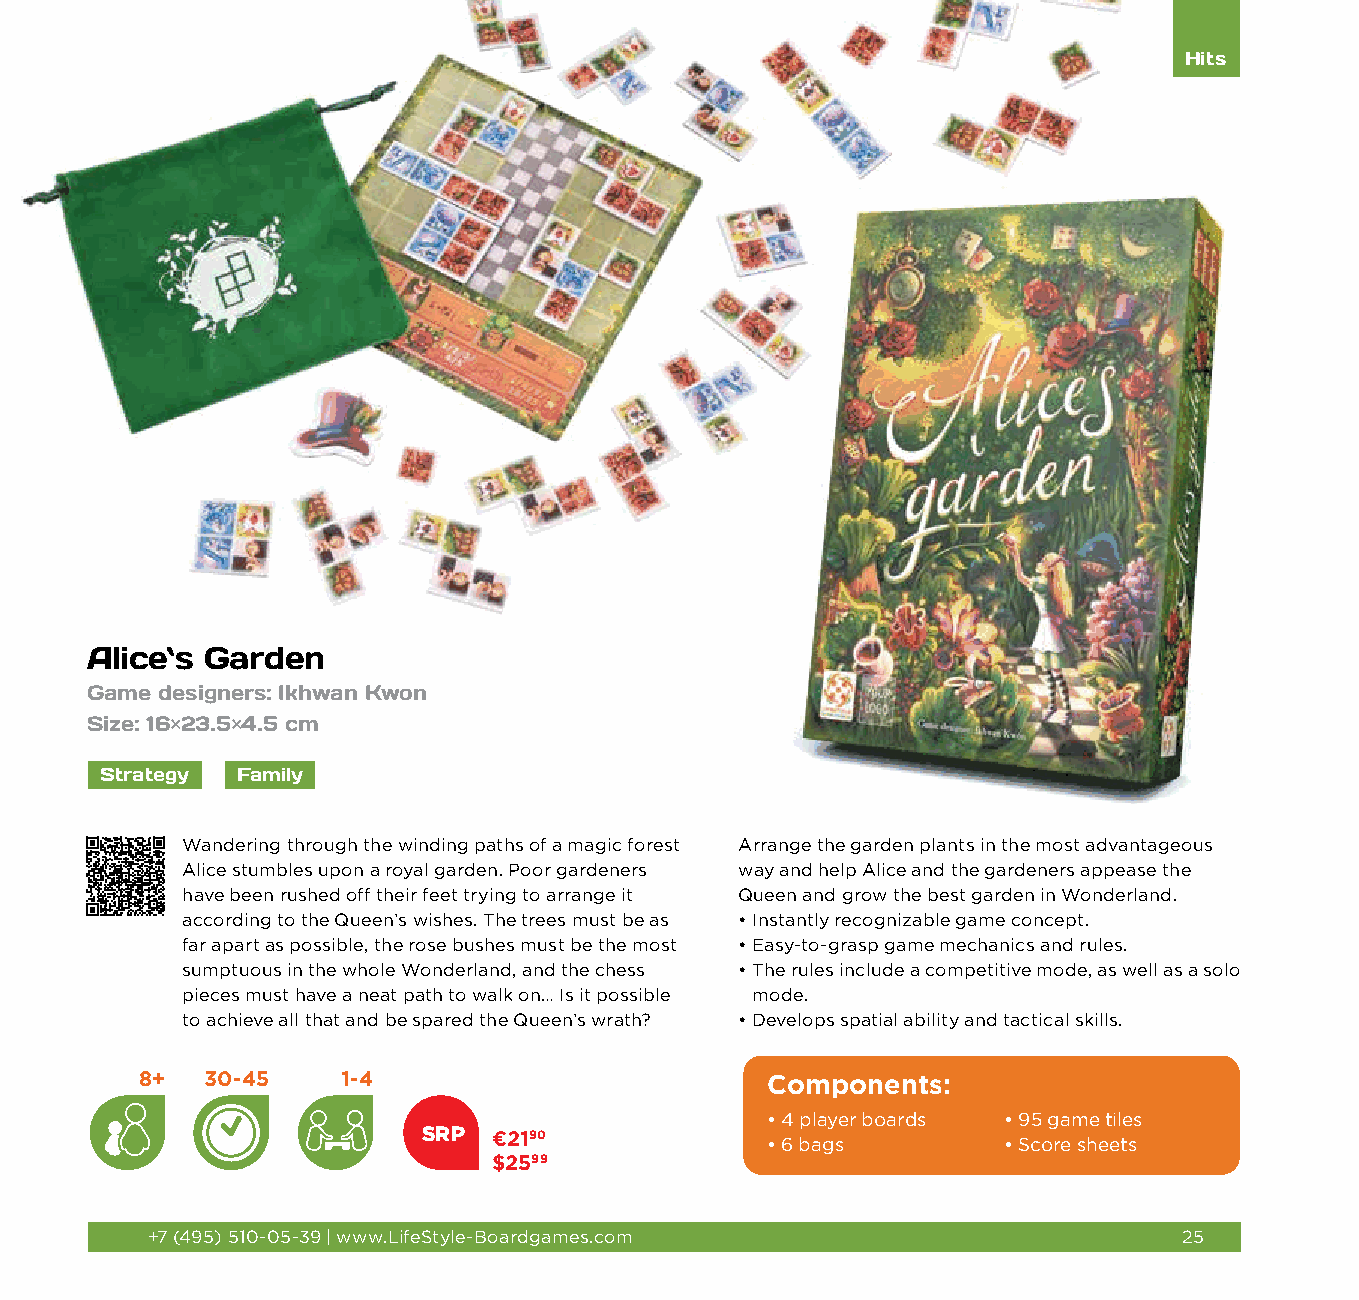
Hits
 Alice`s Garden
 Game designers: Ikhwan Kwon
 Size: 16×23.5×4.5 cm
 Strategy Family
 Wandering through the winding paths of a magic forest Arrange the garden plants in the most advantageous
 Alice stumbles upon a royal garden. Poor gardeners way and help Alice and the gardeners appease the
 have been rushed off their feet trying to arrange it Queen and grow the best garden in Wonderland.
 according to the Queen’s wishes. The trees must be as • Instantly recognizable game concept.
 far apart as possible, the rose bushes must be the most • Easy-to-grasp game mechanics and rules.
 sumptuous in the whole Wonderland, and the chess • The rules include a competitive mode, as well as a solo
 pieces must have a neat path to walk on… Is it possible mode.
 to achieve all that and be spared the Queen’s wrath? • Develops spatial ability and tactical skills.
 8+  30-45     1-4                         Components:
 • 4 player boards • 9 5 game tiles
 SRP  €2190
 • 6 bags       • S core sheets
 $2599
 +7 (495) 510-05-39 | www.LifeStyle-Boardgames.com                   25